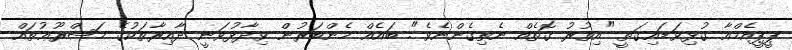
ޕީޕީއެމްއާ ގުޅިވަޑައިގަތީ "އިތުރު ގޮތެއް ނެތިގެންނެވެ". ބައެއް މެންބަރުން ވިދާޅުވަނީ ދާއިރާތަކުގެ މަޝްރޫޢުތައް